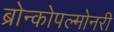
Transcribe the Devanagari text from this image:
ब्रोन्कोपल्मोनरी